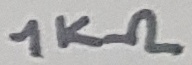
Text: 1KΩ